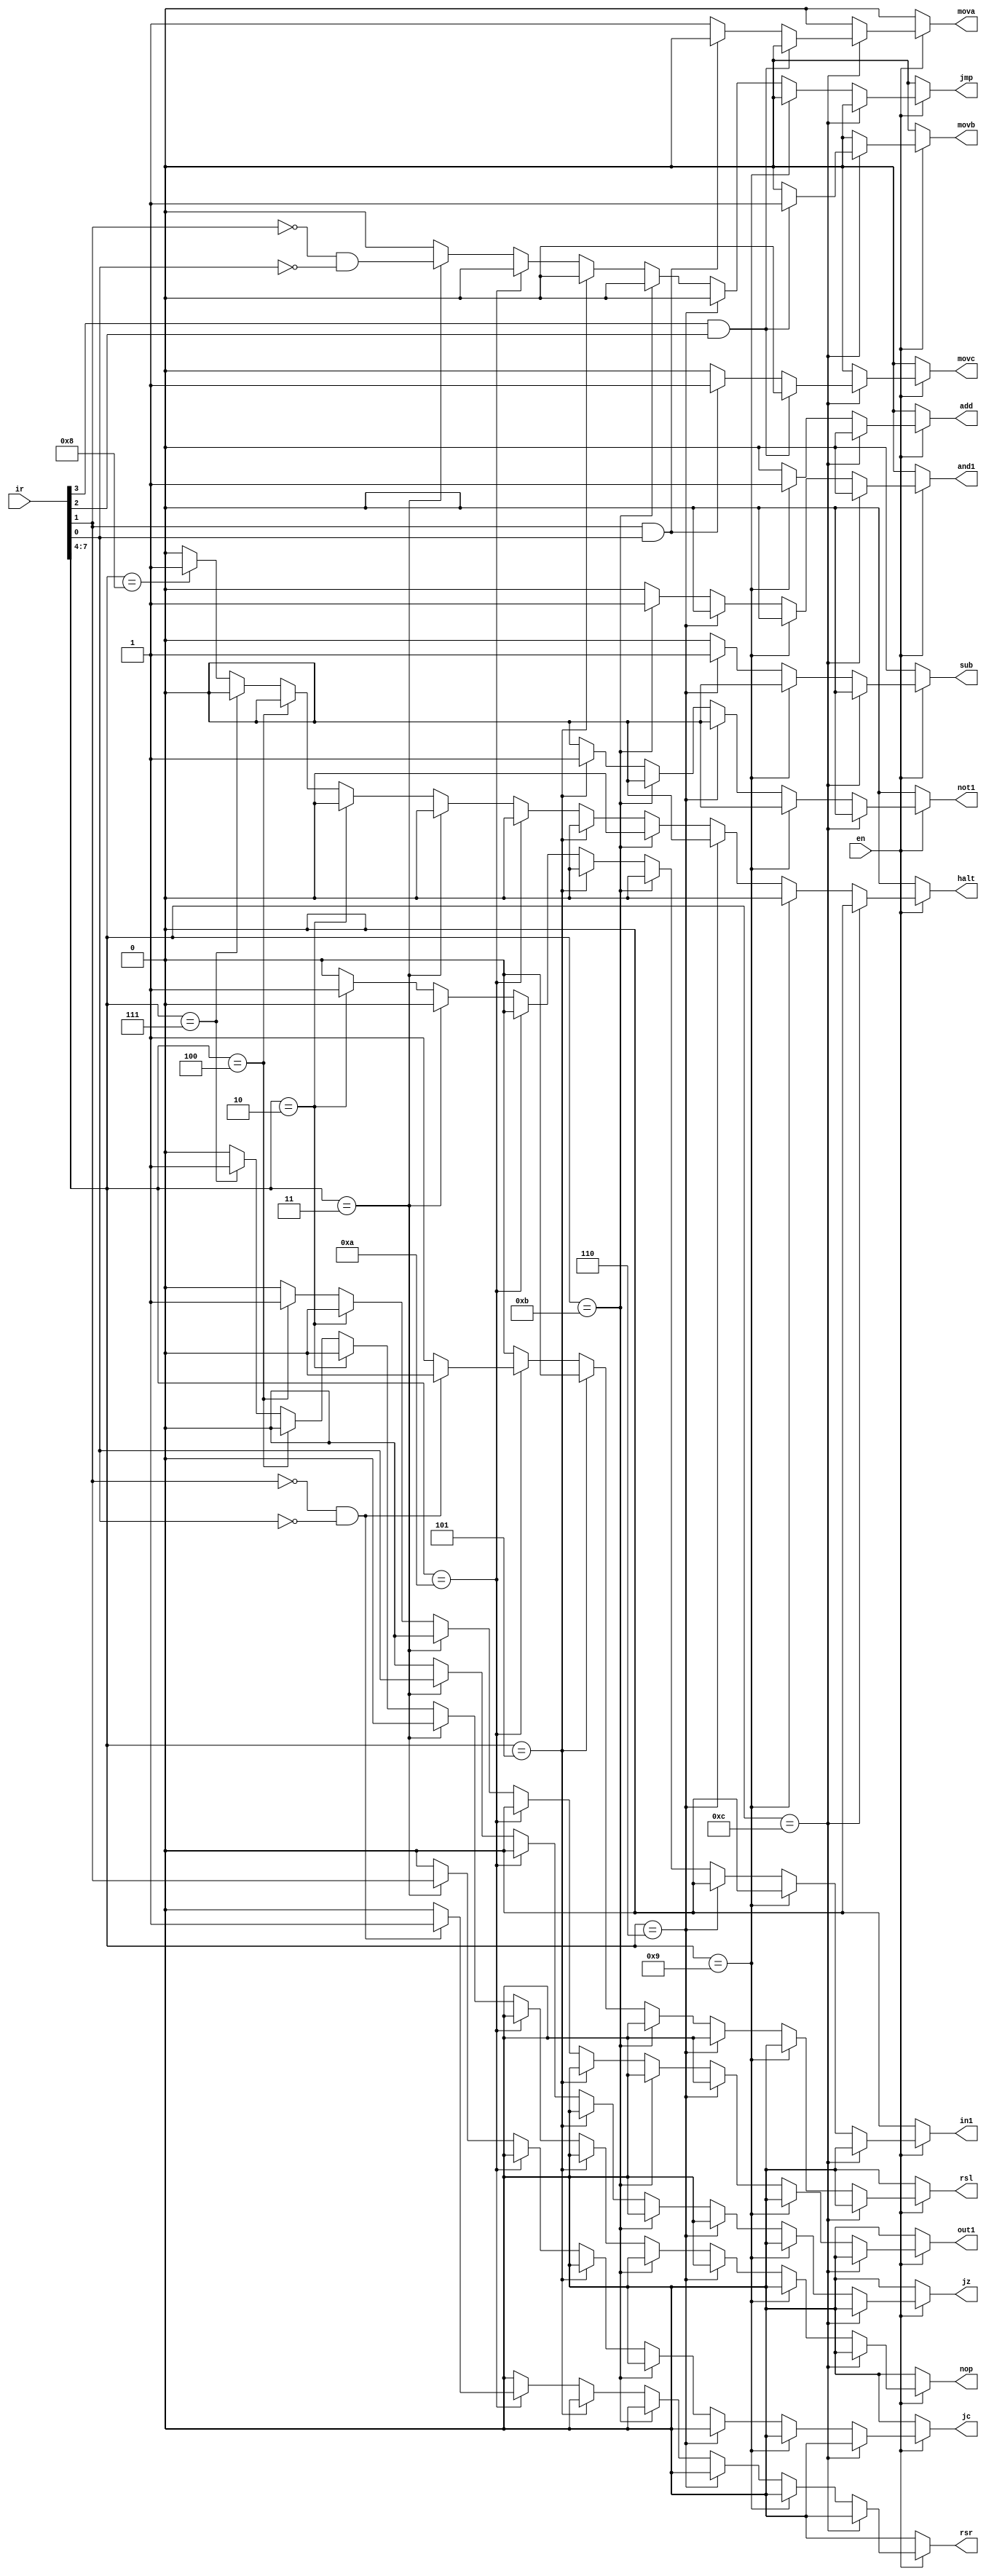
module ins_decode (
    en,
    ir,
    mova,
    movb,
    movc,
    add,
    sub,
    and1,
    not1,
    rsr,
    rsl,
    jmp,
    jz,
    jc,
    in1,
    out1,
    nop,
    halt
);
  input [7:0] ir;
  input en;
  output reg mova, movb, movc, add, sub, and1, not1, rsr, rsl, jmp, jz, jc, in1, out1, nop, halt;
  always @(ir, en) begin
    mova = 0;
    movb = 0;
    movc = 0;
    add  = 0;
    sub  = 0;
    and1 = 0;
    not1 = 0;
    rsr  = 0;
    rsl  = 0;
    jmp  = 0;
    jz   = 0;
    jc   = 0;
    in1  = 0;
    out1 = 0;
    nop  = 0;
    halt = 0;
    if (en) begin
      if (ir[7:4] == 4'b1100) begin
        if (ir[3] & ir[2]) movb = 1;
        else if (ir[1] & ir[0]) movc = 1;
        else mova = 1'b1;
      end else if (ir[7:4] == 4'b1001) add = 1;
      else if (ir[7:4] == 4'b0110) sub = 1;
      else if (ir[7:4] == 4'b1011) and1 = 1;
      else if (ir[7:4] == 4'b0101) not1 = 1;
      else if (ir[7:4] == 4'b1010) begin
        if (~ir[1] & ~ir[0]) rsr = 1;
        else rsl = 1;
      end else if (ir[7:4] == 4'b0011) begin
        jc  = ir[1];
        jz  = ir[0];
        jmp = !ir[1] && !ir[0];
      end else if (ir[7:4] == 4'b0010) in1 = 1;
      else if (ir[7:4] == 4'b0100) out1 = 1;
      else if (ir[7:4] == 4'b0111) nop = 1;
      else if (ir[7:4] == 4'b1000) halt = 1;
      else;
    end else;
  end
endmodule